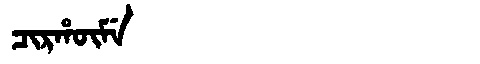
Manchu: ᠴᡳᡵᡥᡡᠮᡝ
Romanization: CIRHŪME